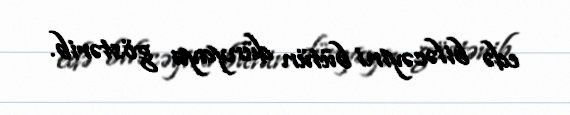
edə biləcəyini bütün dünyaya göstərib.